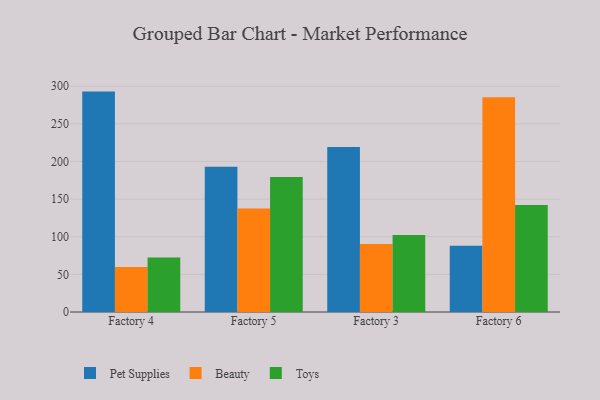
{"axis": {"x": "Factory", "y": "Latency (ms)"}, "legend": ["Beauty", "Pet Supplies", "Toys"], "data": [{"x": "Factory 4", "y": 292.9, "type": "Pet Supplies"}, {"x": "Factory 4", "y": 59.7, "type": "Beauty"}, {"x": "Factory 4", "y": 72.3, "type": "Toys"}, {"x": "Factory 5", "y": 193.1, "type": "Pet Supplies"}, {"x": "Factory 5", "y": 137.5, "type": "Beauty"}, {"x": "Factory 5", "y": 179.5, "type": "Toys"}, {"x": "Factory 3", "y": 219.2, "type": "Pet Supplies"}, {"x": "Factory 3", "y": 90.5, "type": "Beauty"}, {"x": "Factory 3", "y": 102.3, "type": "Toys"}, {"x": "Factory 6", "y": 88.1, "type": "Pet Supplies"}, {"x": "Factory 6", "y": 285.4, "type": "Beauty"}, {"x": "Factory 6", "y": 142.3, "type": "Toys"}]}